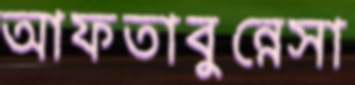
আফতাবুন্নেসা